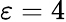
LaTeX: \varepsilon=4